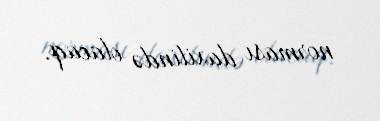
norması daxilində olacaq.